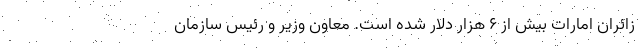
زائران امارات بیش از ۶ هزار دلار شده است. معاون وزیر و رئیس سازمان